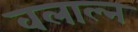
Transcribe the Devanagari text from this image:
वलाल्न